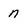
Character: n